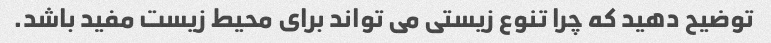
توضیح دهید که چرا تنوع زیستی می تواند برای محیط زیست مفید باشد.